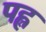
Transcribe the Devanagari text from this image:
पह्ल